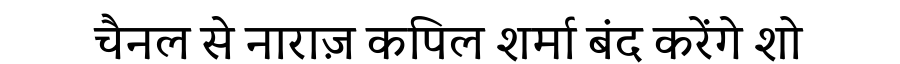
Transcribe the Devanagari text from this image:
चैनल से नाराज़ कपिल शर्मा बंद करेंगे शो